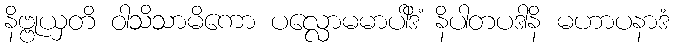
နိဗ္ဗုယှတိ ဝါသိသာမိကော ပလ္လောမမာပါဒိံ နိပါတပဒါနိ မဟာပနာဒံ